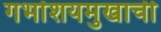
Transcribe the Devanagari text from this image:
गर्भाशयमुखाची